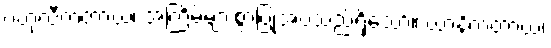
ဗဟုလီကတာယ၊ အကြိမ်များစွာပြုအပ်သည်ရှိသော်။ ယာနိကတာယ၊